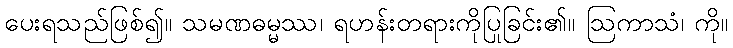
ပေးရသည်ဖြစ်၍။ သမဏဓမ္မဿ၊ ရဟန်းတရားကိုပြုခြင်း၏။ ဩကာသံ၊ ကို။